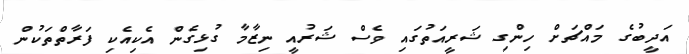
އަދީބުގެ މައްޗަށް ހިންގި ޝަރީއަތުގައި ވެސް ޝަރުއީ ނިޒާމާ ގުޅިގެން އެކިއެކި ފަރާތްތަކުން